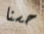
حسنا